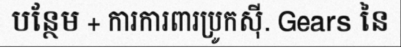
បន្ថែម + ការការពារប្រូកស៊ី. Gears នៃ